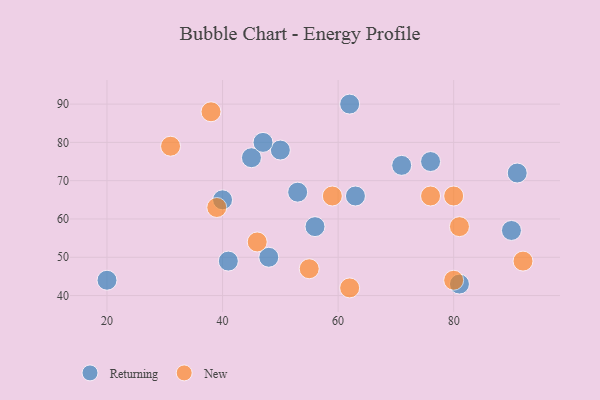
{"axis": {"x": "GDP", "y": "Life Expectancy"}, "legend": ["New", "Returning"], "data": [{"x": "76", "y": 75, "type": "Returning"}, {"x": "50", "y": 78, "type": "Returning"}, {"x": "91", "y": 72, "type": "Returning"}, {"x": "40", "y": 65, "type": "Returning"}, {"x": "41", "y": 49, "type": "Returning"}, {"x": "62", "y": 90, "type": "Returning"}, {"x": "56", "y": 58, "type": "Returning"}, {"x": "81", "y": 43, "type": "Returning"}, {"x": "20", "y": 44, "type": "Returning"}, {"x": "53", "y": 67, "type": "Returning"}, {"x": "45", "y": 76, "type": "Returning"}, {"x": "48", "y": 50, "type": "Returning"}, {"x": "47", "y": 80, "type": "Returning"}, {"x": "63", "y": 66, "type": "Returning"}, {"x": "90", "y": 57, "type": "Returning"}, {"x": "71", "y": 74, "type": "Returning"}, {"x": "55", "y": 47, "type": "New"}, {"x": "62", "y": 42, "type": "New"}, {"x": "80", "y": 66, "type": "New"}, {"x": "38", "y": 88, "type": "New"}, {"x": "46", "y": 54, "type": "New"}, {"x": "31", "y": 79, "type": "New"}, {"x": "39", "y": 63, "type": "New"}, {"x": "81", "y": 58, "type": "New"}, {"x": "80", "y": 44, "type": "New"}, {"x": "59", "y": 66, "type": "New"}, {"x": "76", "y": 66, "type": "New"}, {"x": "92", "y": 49, "type": "New"}]}